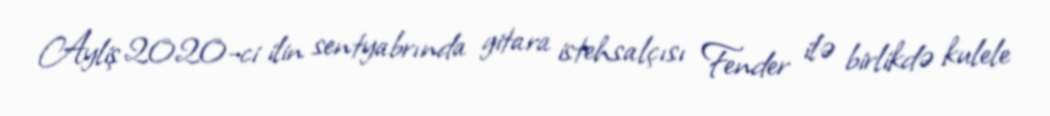
Ayliş 2020-ci ilin sentyabrında gitara istehsalçısı Fender ilə birlikdə kulele